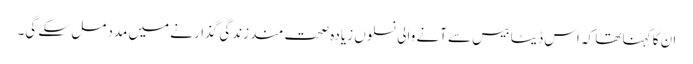
ان کا کہنا تھا کہ اس ڈیٹا بیس سے آنے والی نسلوں زیادہ صحت مند زندگی گذارنے میں مدد مل سکے گی۔